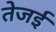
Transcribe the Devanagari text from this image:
तेजई